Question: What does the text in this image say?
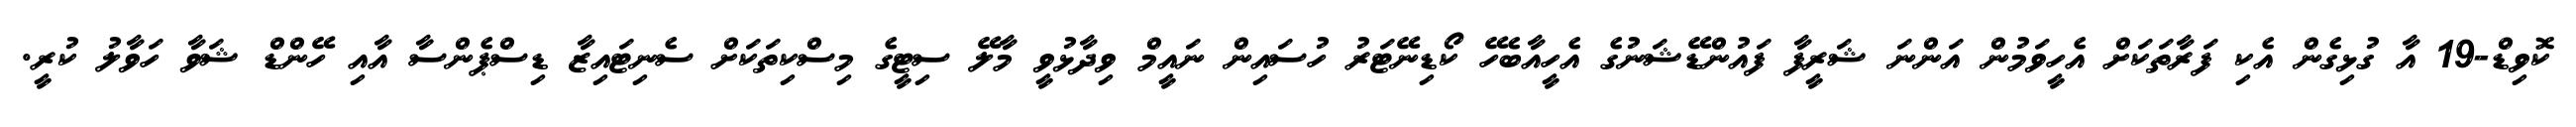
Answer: ކޮވިޑް-19 އާ ގުޅިގެން އެކި ފަރާތަކަށް އެހީވަމުން އަންނަ ޝަރީފާ ފައުންޑޭޝަނުގެ އެހީއާބެހޭ ކޯޑިނޭޓަރު ހުސައިން ނައީމް ވިދާޅުވީ މާލޭ ސިޓީގެ މިސްކިތަކަށް ސެނިޓައިޒާ ޑިސްޕެންސާ އާއި ހޭންޑް ޝަވާ ހަވާލު ކުރީ.